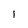
Character: 1